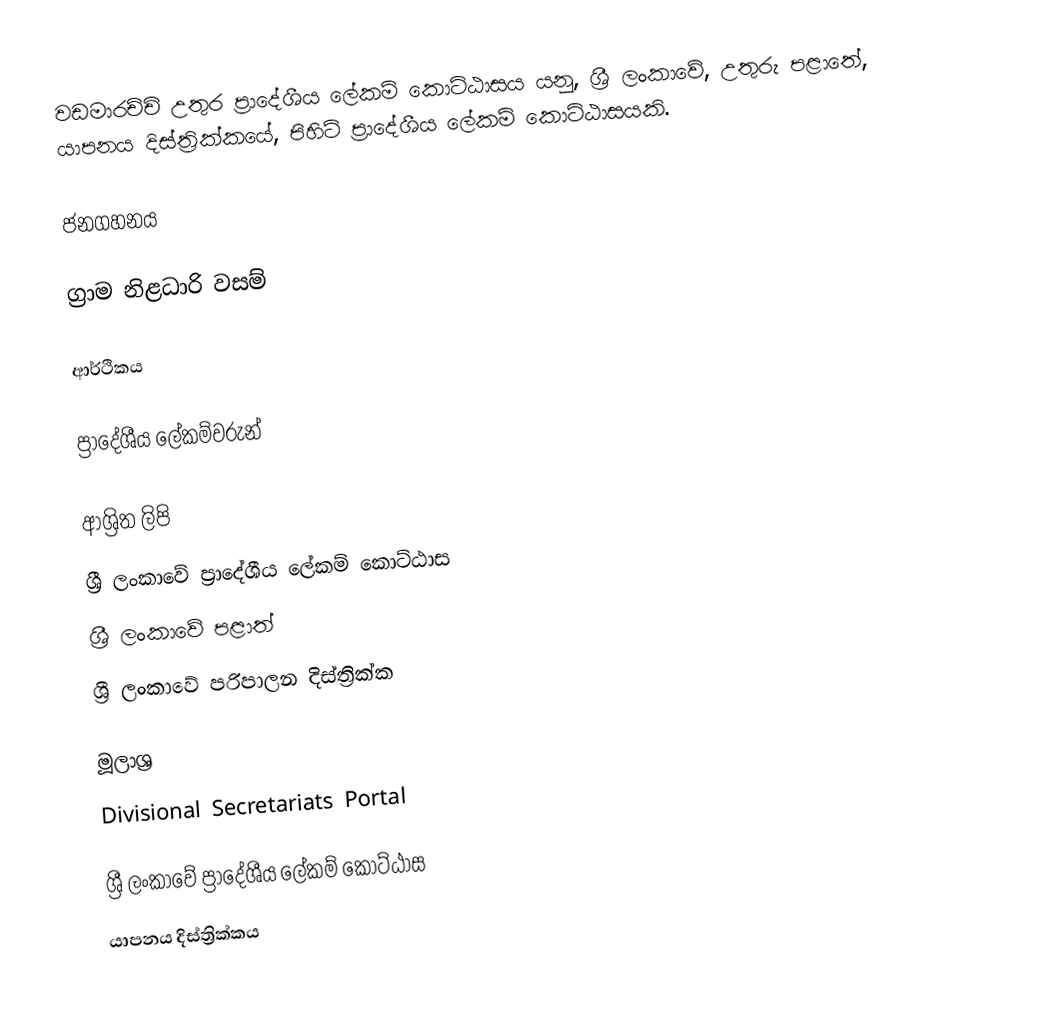
වඩමාරච්චි උතුර ප්‍රාදේශීය ලේකම් කොට්ඨාසය යනු,  ශ්‍රී ලංකාවේ, උතුරු පළාතේ,   යාපනය දිස්ත්‍රික්කයේ, පිහිටි ප්‍රාදේශීය ලේකම් කොට්ඨාසයකි.

ජනගහනය

ග්‍රාම නිළධාරි වසම්

ආර්ථිකය

ප්‍රාදේශීය ලේකම්වරුන්

ආශ්‍රිත ලිපි
ශ්‍රී ලංකාවේ ප්‍රාදේශීය ලේකම් කොට්ඨාස
ශ්‍රී ලංකාවේ පළාත්
ශ්‍රී ලංකාවේ පරිපාලන දිස්ත්‍රික්ක

මූලාශ්‍ර
 Divisional Secretariats Portal

ශ්‍රී ලංකාවේ ප්‍රාදේශීය ලේකම් කොට්ඨාස
යාපනය දිස්ත්‍රික්කය